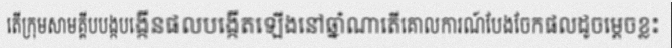
តើក្រុមសាមគ្គីបបង្កបង្កើនផលបង្កើតឡើងនៅឆ្នាំណាតើគោលការណ៍បែងចែកផលដូចម្តេចខ្លះ